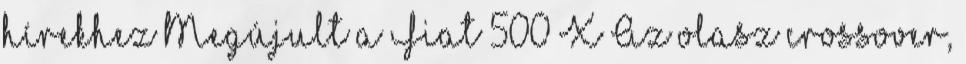
hírekhez Megújult a Fiat 500 X Az olasz crossover,